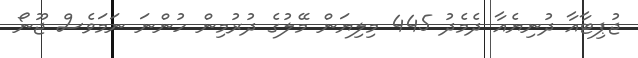
ޖުޕިޓާއާ ދުނިޔެއާ ދެމެދު 445 މިލިޔަން މޭލުގެ ދުރުމިން ހުންނަ ނަމަވެސް ޖޫނޯ